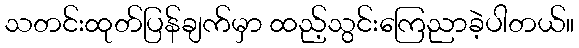
သတင်းထုတ်ပြန်ချက်မှာ ထည့်သွင်းကြေညာခဲ့ပါတယ်။